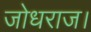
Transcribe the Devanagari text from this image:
जोधराज।